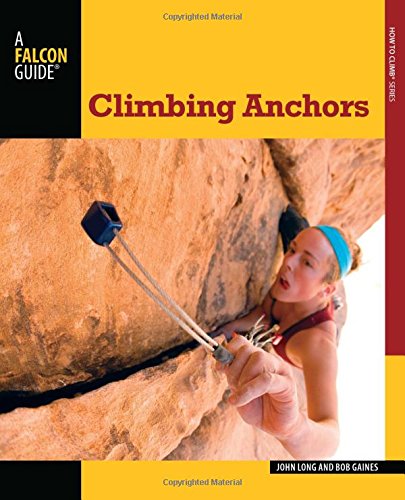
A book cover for Climbing Anchors (How To Climb Series); John Long; Sports & Outdoors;